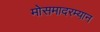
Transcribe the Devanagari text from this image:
मोसमादरम्यान